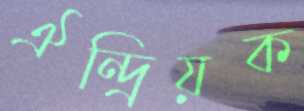
ঐন্দ্রিয়ক